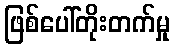
ဖြစ်ပေါ်တိုးတက်မှု